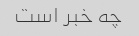
چه خبر است